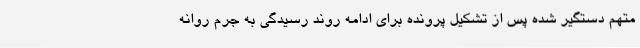
متهم دستگیر شده پس از تشکیل پرونده برای ادامه روند رسیدگی به جرم روانه